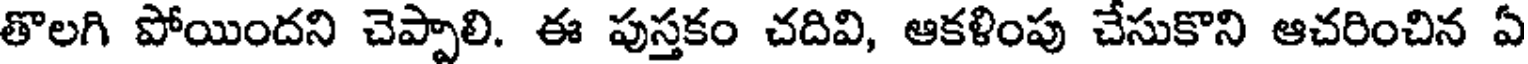
తొలగి పోయిందని చెప్పాలి. ఈ పుస్తకం చదివి, ఆకళింపు చేసుకొని ఆచరించిన ఏ